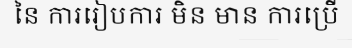
នៃ ការរៀបការ មិន មាន ការប្រើ